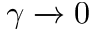
\gamma \xrightarrow { } 0